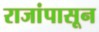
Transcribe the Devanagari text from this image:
राजांपासून